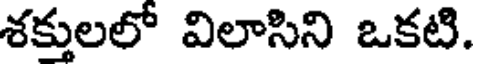
శక్తులలో విలాసిని ఒకటి.